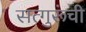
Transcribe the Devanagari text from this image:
सत्गुरूंची